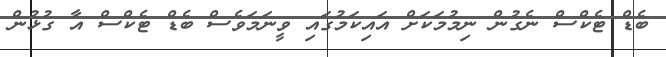
ބެޑް ޓެކްސް ނެގުން ނިމުމަކަށް އައިކަމުގައި ވީނަމަވެސް ބެޑް ޓެކްސް އާ ގުޅުން